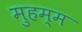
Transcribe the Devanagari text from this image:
मुहम्म